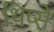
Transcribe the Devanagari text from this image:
थिप्से